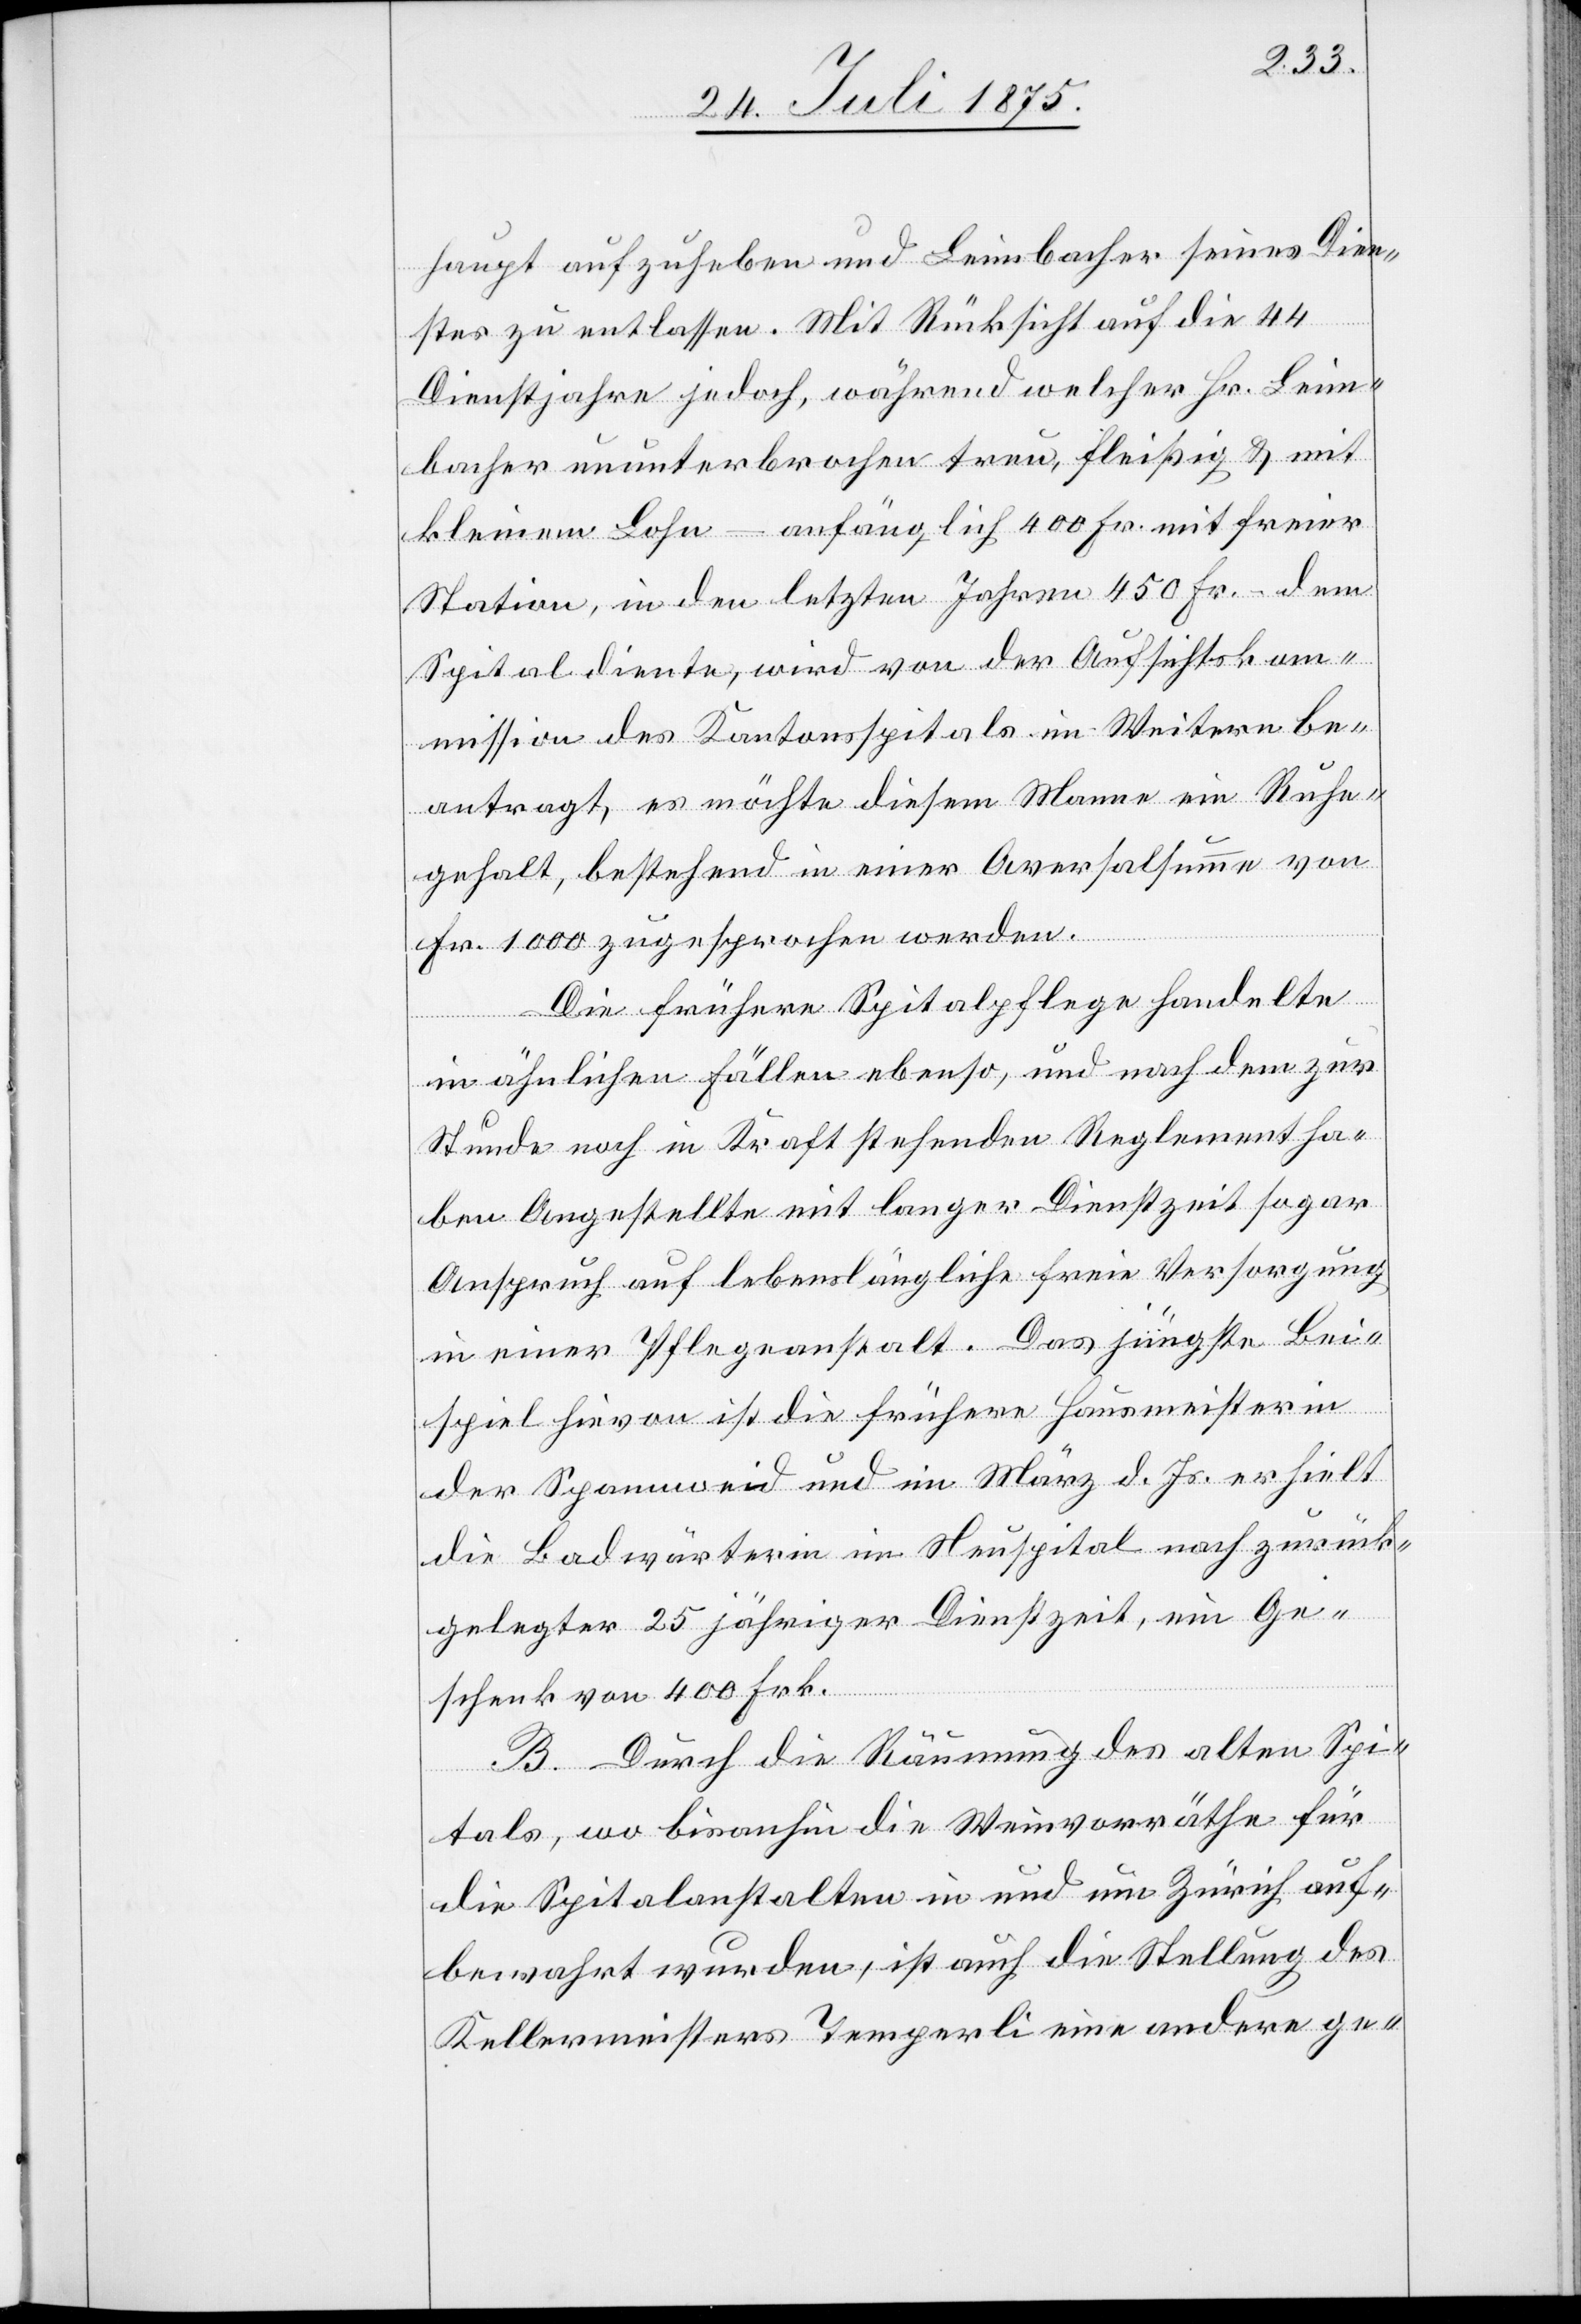
haupt aufzuheben und Leimbacher seines Dien¬
stes zu entlassen. Mit Rücksicht auf die 44
Dienstjahre jedoch, während welcher Hr. Leim¬
bacher ununterbrochen treu, fleißig & mit
kleinem Lohn – anfänglich 400 Fr. mit freier
Station, in den letzten Jahren 450 Fr. – dem
Spital diente, wird von der Aufsichtskom¬
mission des Kantonsspitals im Weitern be¬
antragt, es möchte diesem Manne ein Ruhe¬
gehalt, bestehend in einer Aversalsumme von
Fr. 1000 zugesprochen werden.
Die frühere Spitalpflege handelte
in ähnlichen Fällen ebenso, und nach dem zur
Stunde noch in Kraft stehenden Reglement ha¬
ben Angestellte mit langer Dienstzeit sogar
Anspruch auf lebenslängliche freie Versorgung
in einer Pflegeanstalt. Das jüngste Bei¬
spiel hievon ist die frühere Hausmeisterin
der Spannweid und im März d. Js. erhielt
die Badwärterin im Neuspital nach zurück¬
gelegter 25. jähriger Dienstzeit, ein Ge¬
schenk von 400 Frk.
B. Durch die Räumung des alten Spi¬
tals, wo bisanhin die Weinvorräthe für
die Spitalanstalten in und um Zürich auf¬
bewahrt wurden, ist auch die Stellung des
Kellermeisters Temperli eine andere ge-